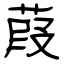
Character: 葭